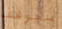
سيوقف